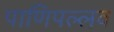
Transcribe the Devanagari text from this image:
पाणिपल्लव